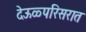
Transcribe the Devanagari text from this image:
देऊळ्परिसरात